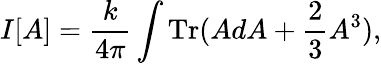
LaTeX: I[A]=\frac{k}{4\pi}\int\mathrm{Tr}(AdA+\frac{2}{3}A^{3}),